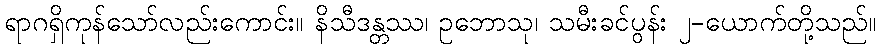
ရာဂရှိကုန်သော်လည်းကောင်း။ နိသီဒန္တဿ၊ ဥဘောသု၊ သမီးခင်ပွန်း ၂-ယောက်တို့သည်။